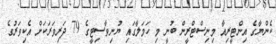
ކެންޔާގެ އިންޓީރިއާ މިނިސްޓްރީން ބުނީ މި ހަމަލާގައި ޔުނިވާސިޓީގެ 79 ދަރިވަރަކަށް އެކިވަރުގެ